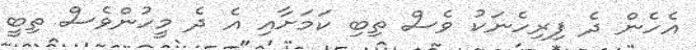
އެހެން ދެ ފިރިހެނަކު ވެސް ތިބި ކަމަށާއި އެ ދެ މީހުންވެސް ތިބީ